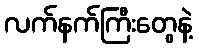
လက်နက်ကြီးတွေနဲ့